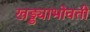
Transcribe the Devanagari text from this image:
खड्ड्याभोवती